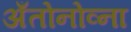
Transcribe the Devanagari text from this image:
अँतोनोव्ना